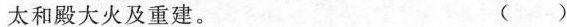
太和殿大火及重建。 ()